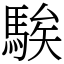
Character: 騃